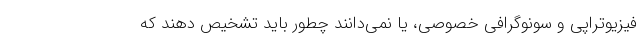
فیزیوتراپی و سونوگرافی خصوصی، یا نمی‌دانند چطور باید تشخیص دهند که